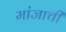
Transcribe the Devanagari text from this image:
मांजाची